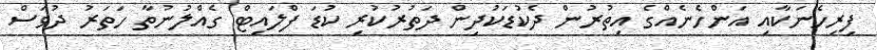
ފިރިހެނަކާއި އަންހެނެއްގެ އިތުރުން ދެކުޑަކުދިން ދަތުރުކުރި ކުޑަ ފްލައިޓް ގެއްލުނުތާ ހަތަރު ދުވަސް